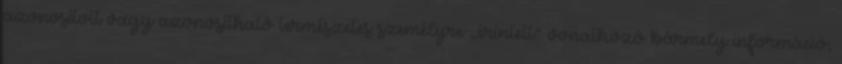
azonosított vagy azonosítható természetes személyre „érintett” vonatkozó bármely információ;